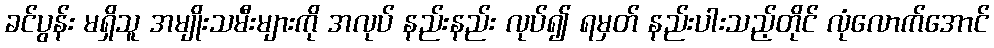
ခင်ပွန်း မရှိသူ အမျိုးသမီးများကို အလုပ် နည်းနည်း လုပ်၍ ရမှတ် နည်းပါးသည့်တိုင် လုံလောက်အောင်